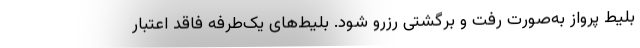
بلیط پرواز به‌صورت رفت و برگشتی رزرو شود. بلیط‌های یک‌طرفه فاقد اعتبار